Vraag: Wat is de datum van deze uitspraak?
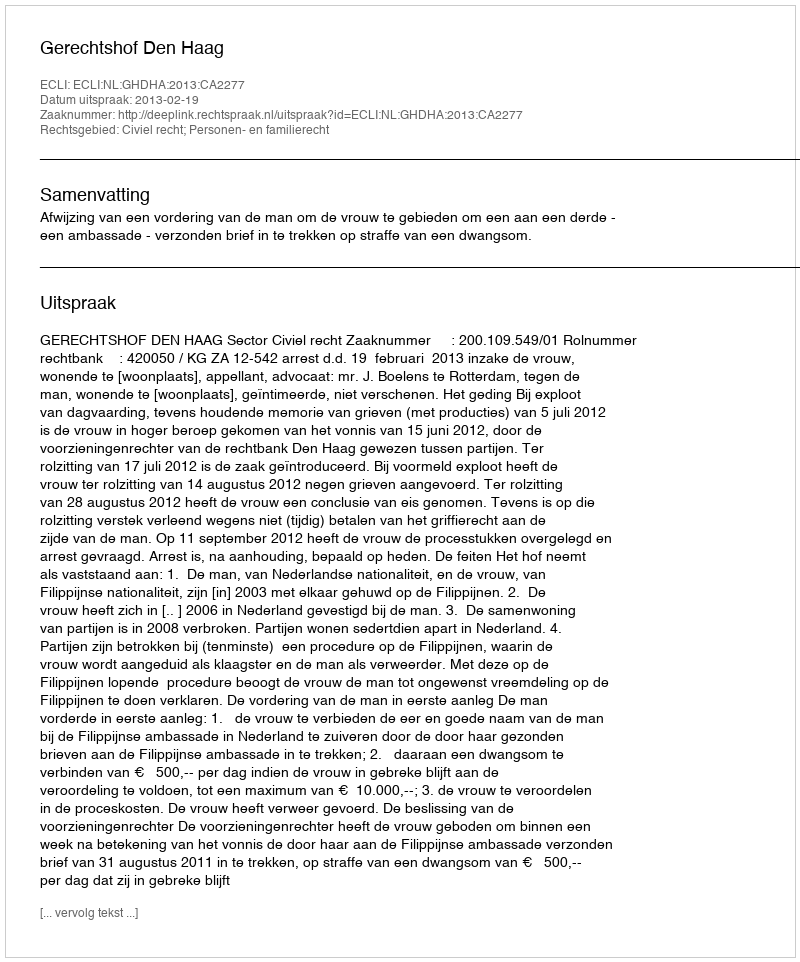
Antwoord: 2013-02-19